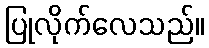
ပြုလိုက်လေသည်။